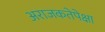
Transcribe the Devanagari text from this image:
अराजकतेपेक्षा